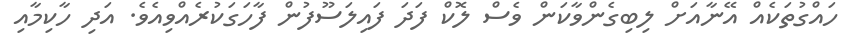
ހައްގުތަކެއް އޭނާއަށް ލިބިގެންވާކަން ވެސް ލޮކް ފަދަ ފައިލަސޫފުން ފާހަގަކުރެއްވިއެވެ. އަދި ހާކިމާއި